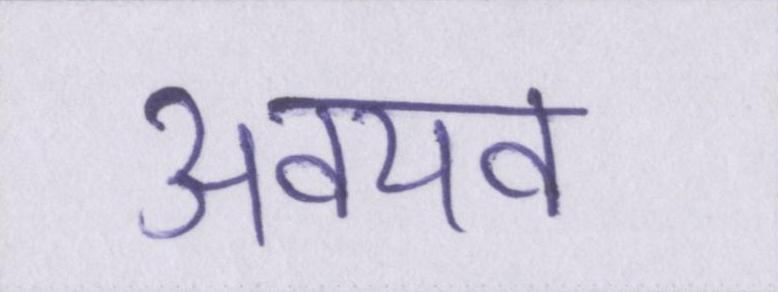
अवयव